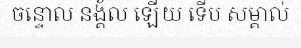
ចន្ទោល នង្គ័ល ឡើយ ទើប សម្គាល់